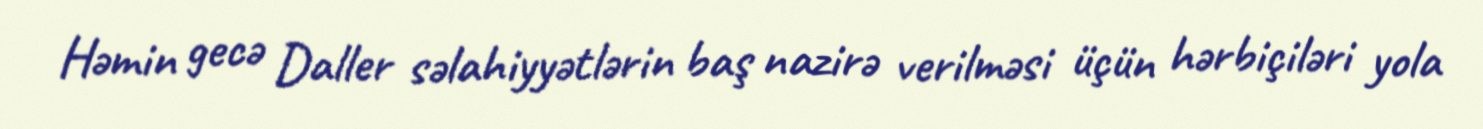
Həmin gecə Daller səlahiyyətlərin baş nazirə verilməsi üçün hərbiçiləri yola